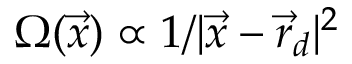
\Omega ( \vec { x } ) \propto 1 / \vert \vec { x } - \vec { r } _ { d } \vert ^ { 2 }